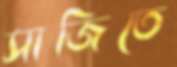
সাজিতে